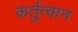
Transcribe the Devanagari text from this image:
कर्तुत्वान